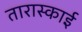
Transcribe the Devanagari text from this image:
तारास्काई